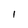
Character: I